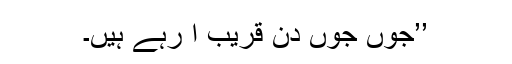
’’جوں جوں دن قریب آ رہے ہیں۔